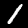
Label: 1